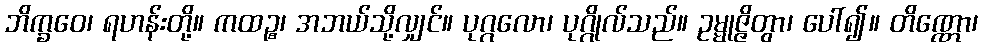
ဘိက္ခဝေ၊ ရဟန်းတို့။ ကထဉ္စ၊ အဘယ်သို့လျှင်။ ပုဂ္ဂလော၊ ပုဂ္ဂိုလ်သည်။ ဥမ္မုဇ္ဇိတွာ၊ ပေါ်၍။ တိဏ္ဏော၊